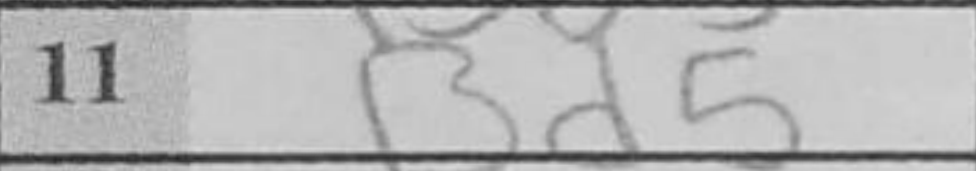
Transcription: Bd5